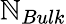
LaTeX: \mathbb{N}_{Bulk}